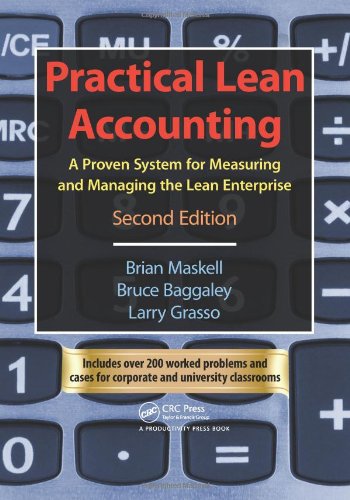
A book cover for Practical Lean Accounting: A Proven System for Measuring and Managing the Lean Enterprise, Second Edition; Brian H. Maskell; Business & Money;